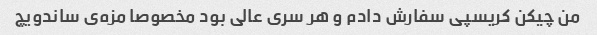
من چیکن کریسپی سفارش دادم و هر سری عالی بود مخصوصا مزه‌ی ساندویچ